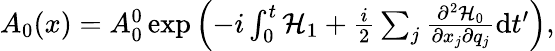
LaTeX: \begin{array}{r}{A_{0}(x)=A_{0}^{0}\exp\left(-i\int_{0}^{t}\mathcal{H}_{1}+\frac{i}{2}\sum_{j}\frac{\partial^{2}\mathcal{H}_{0}}{\partial x_{j}\partial q_{j}}\mathrm{d}t^{\prime}\right),}\end{array}